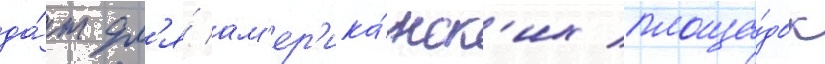
да́т дл'я́ ам'ер'ика́нск'их площа́док